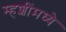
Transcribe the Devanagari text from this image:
म्हशींमध्ये